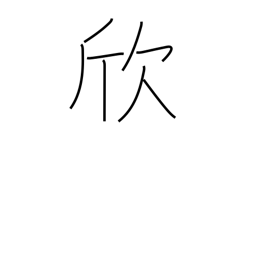
Meaning: take pleasure in